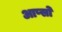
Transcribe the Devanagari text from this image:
आप्सो